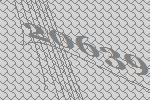
20639